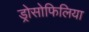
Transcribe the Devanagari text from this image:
ड्रोसोफिलिया